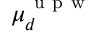
\mu _ { d } ^ { \mathrm { ~ u ~ p ~ w ~ } }